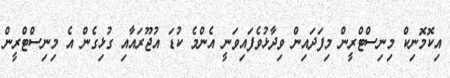
އިކޮމޮނިކް މިނިސްޓްރީން މިފަދައިން ވިދާޅުވެފައިވަނީ އެންމެ ކުޑަ އުޖޫރައާއި ގުޅިގެން އެ މިނިސްޓްރީން